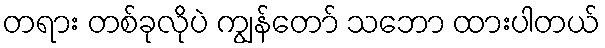
တရား တစ်ခုလိုပဲ ကျွန်တော် သဘော ထားပါတယ်